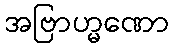
အဗြာဟ္မဏော